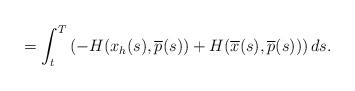
LaTeX: \begin{align*}= \int_{t}^T \left( - H(x_{h}(s),\overline{p}(s))+ H(\overline{x}(s),\overline{p}(s))\right) ds.\end{align*}